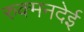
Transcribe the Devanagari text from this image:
रुक्मनदेई